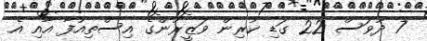
7 ދުވަސް 22 ގަޑި ކުރިން ވަޒީރުންގެ އިސްތިއުފާ އާއި އެ